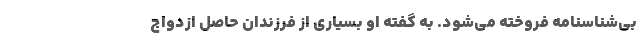
بي‌شناسنامه فروخته مي‌شود. به گفته او بسياري از فرزندان حاصل ازدواج